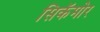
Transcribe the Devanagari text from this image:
सिकॅमोर